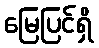
မြေပြင်ရှိ